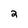
Character: 2